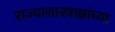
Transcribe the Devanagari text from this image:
राज्याशास्त्राज्ञांच्या